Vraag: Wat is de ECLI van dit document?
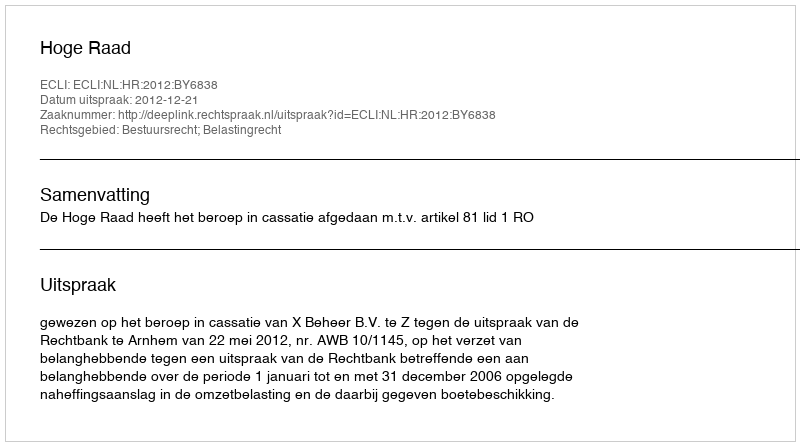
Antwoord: ECLI:NL:HR:2012:BY6838